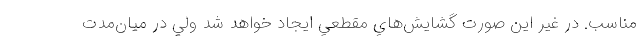
مناسب. در غير اين صورت گشايش‌هاي مقطعي ايجاد خواهد شد ولي در ميان‌مدت